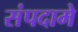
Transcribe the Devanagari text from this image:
संपदामे